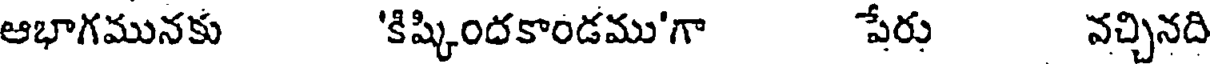
ఆభాగమునకు 'కిష్కిందకాండము'గా పేరు వచ్చినది